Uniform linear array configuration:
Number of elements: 4
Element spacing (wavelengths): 1
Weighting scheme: binomial
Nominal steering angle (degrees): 30
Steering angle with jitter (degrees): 28.721
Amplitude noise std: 0.05
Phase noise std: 0.05

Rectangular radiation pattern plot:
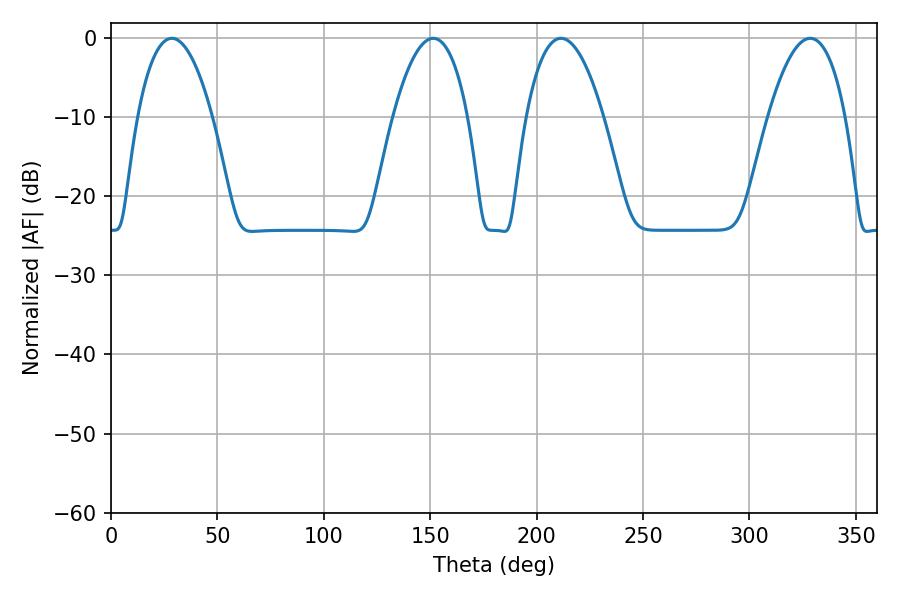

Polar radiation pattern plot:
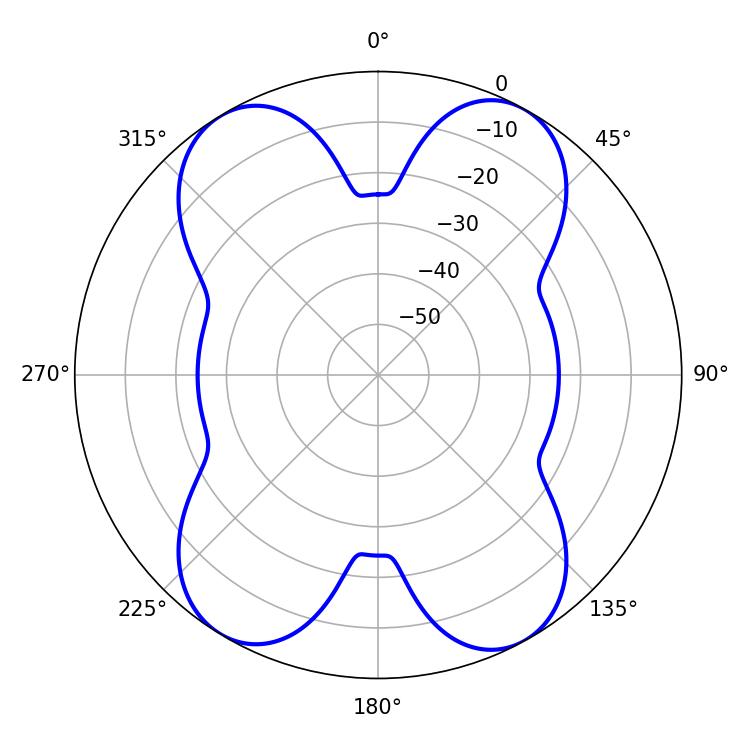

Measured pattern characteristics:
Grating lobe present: TRUE
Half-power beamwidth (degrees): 19.62
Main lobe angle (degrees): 28.62